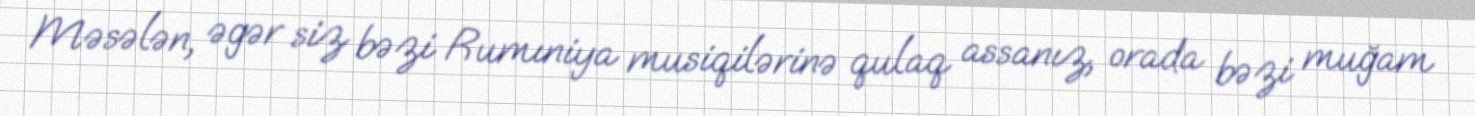
Məsələn, əgər siz bəzi Rumıniya musiqilərinə qulaq assanız, orada bəzi muğam